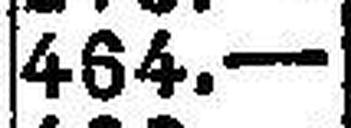
464.—